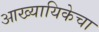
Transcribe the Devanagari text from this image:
आख्यायिकेचा